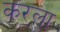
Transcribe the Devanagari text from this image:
करला